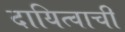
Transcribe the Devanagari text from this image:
दायित्वाची